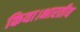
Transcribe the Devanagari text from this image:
किया।भारतीय